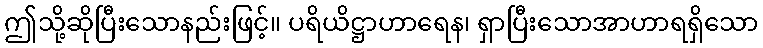
ဤသို့ဆိုပြီးသောနည်းဖြင့်။ ပရိယိဋ္ဌာဟာရေန၊ ရှာပြီးသောအာဟာရရှိသော